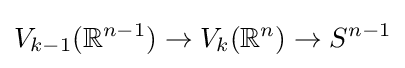
V_{k-1}(\mathbb {R} ^{n-1})\to V_{k}(\mathbb {R} ^{n})\to S^{n-1}